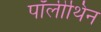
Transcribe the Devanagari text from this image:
पॉलीथिन